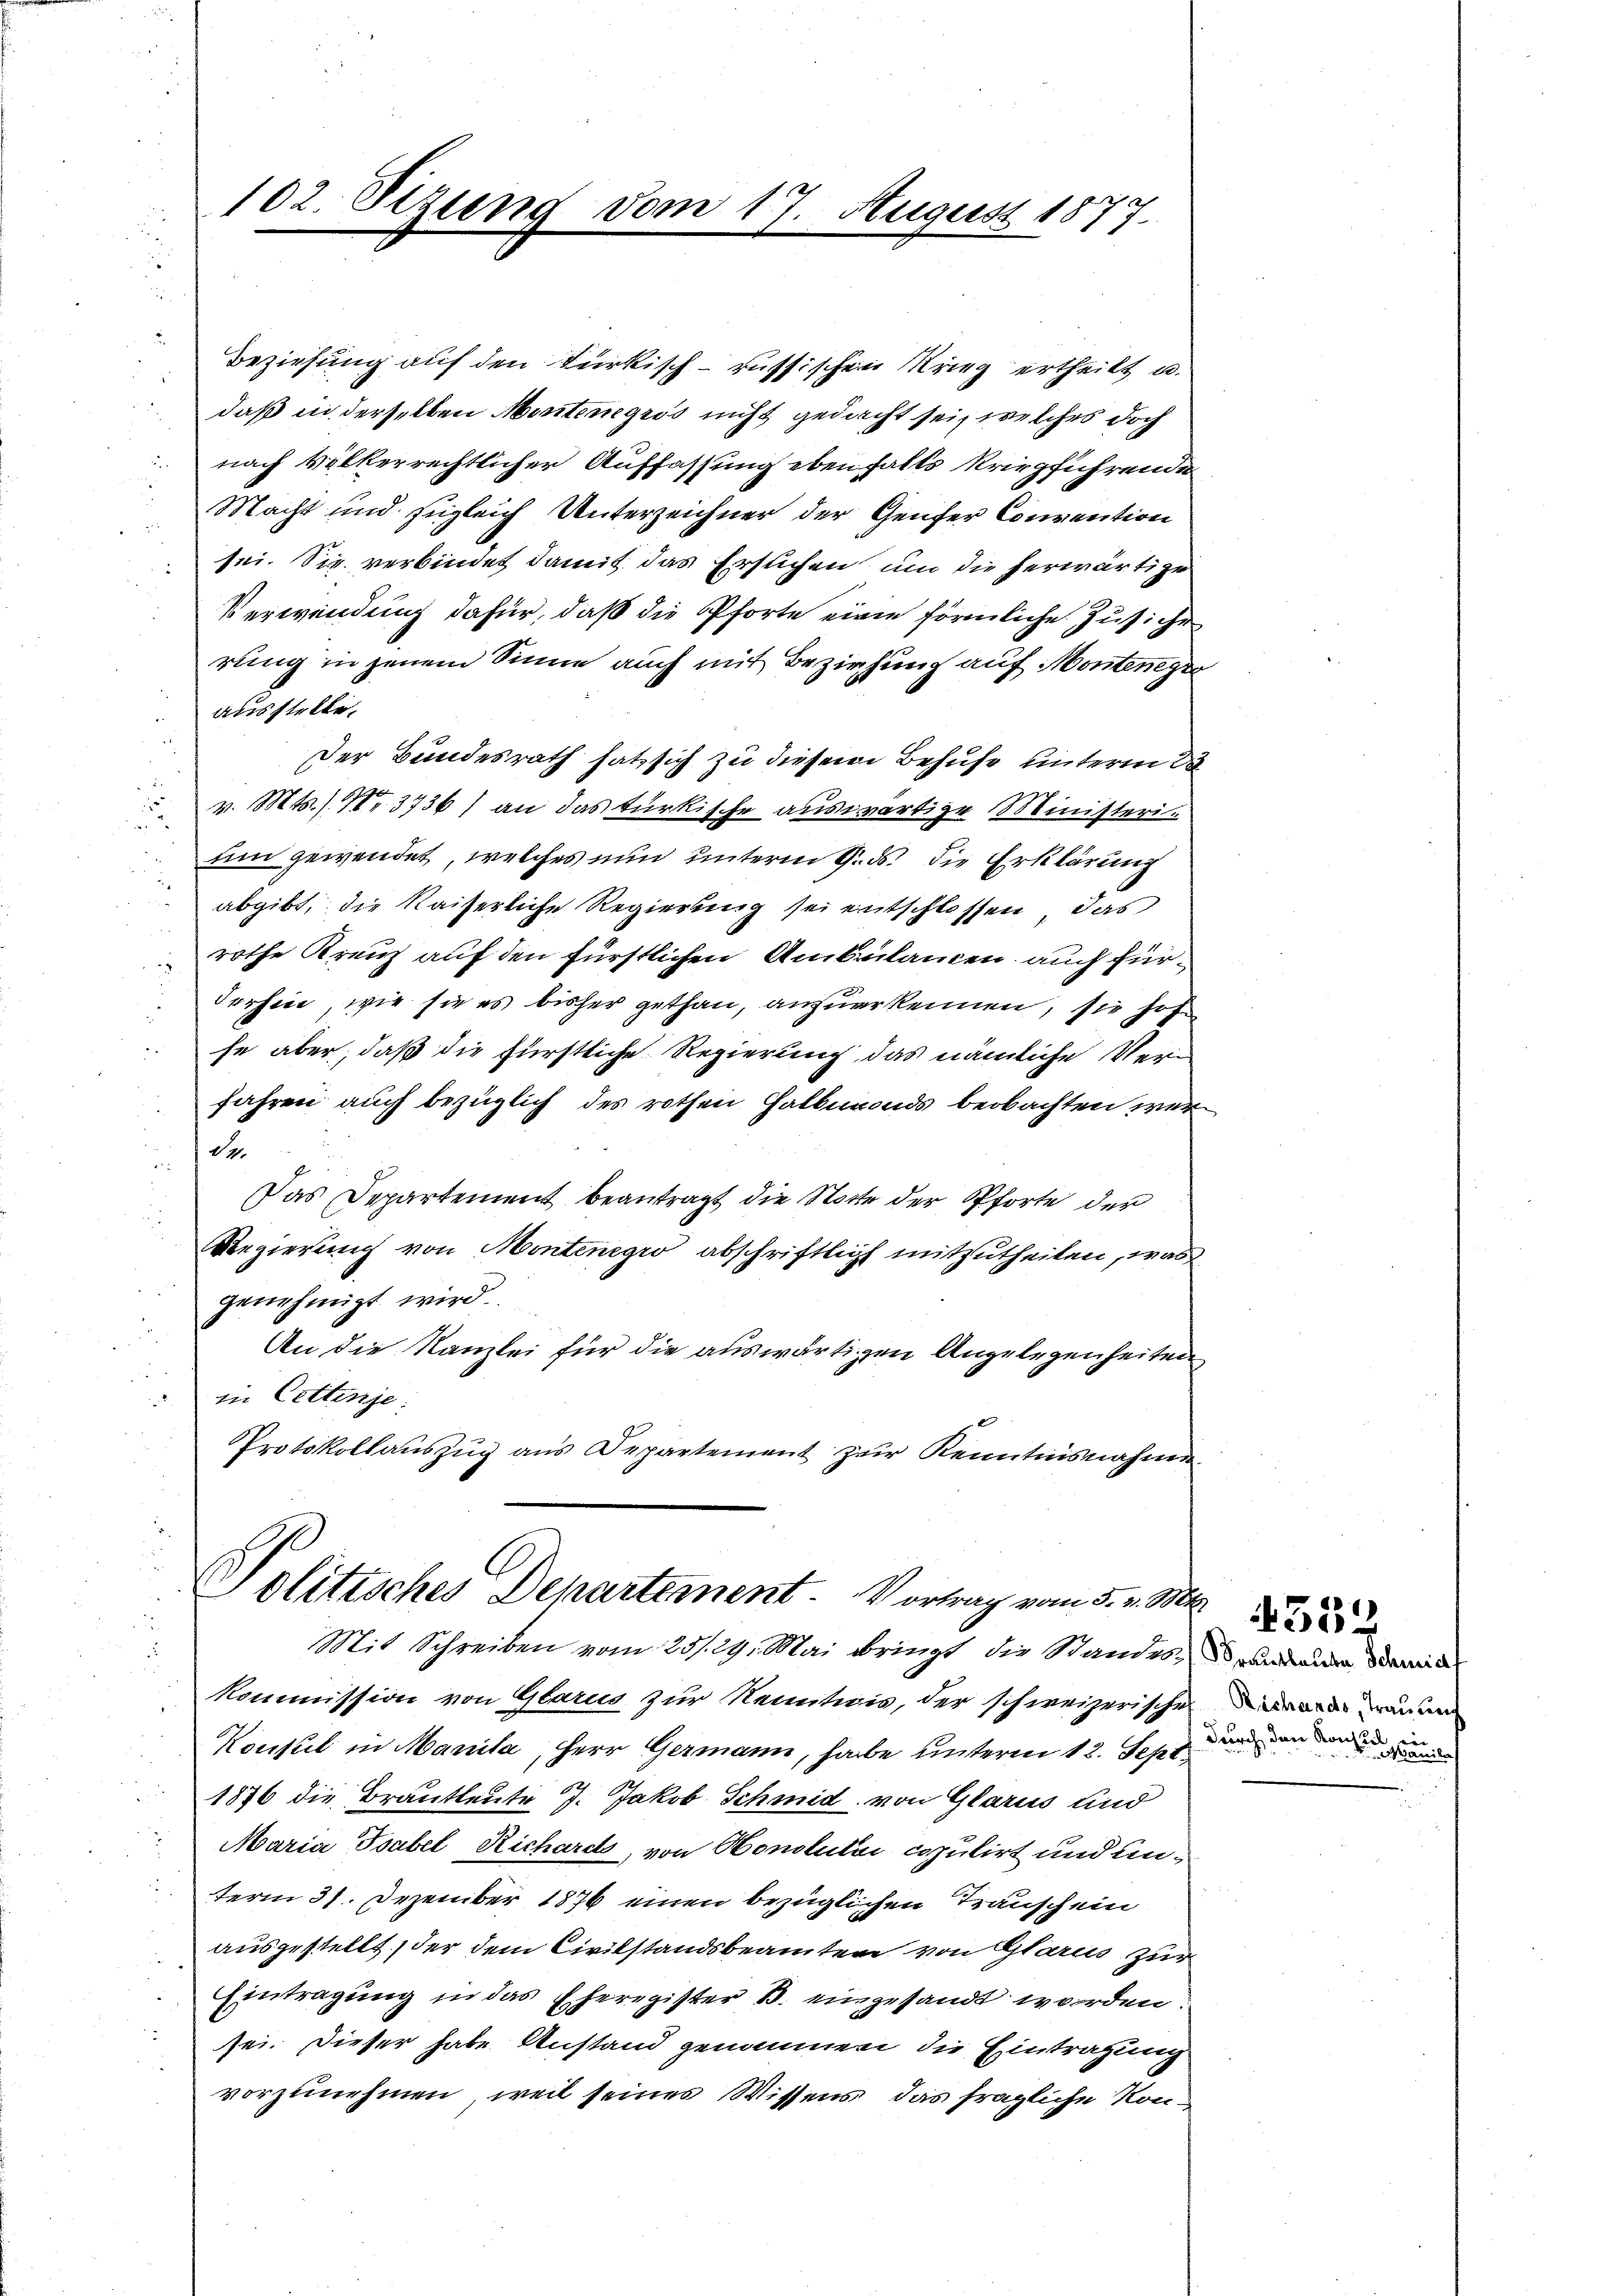
102. Sizung vom 17. August 1877.

Beziehung auf den türkisch-russischen Krieg ertheilt u.
daß in derselben Montenegros nicht gedacht sei, welches doch
nach völkerrechtlicher Auffassung ebenfalls kriegführende
Macht und zugleich Unterzeichner der Genfer Convention
sei. Sie verbindet damit das Ersuchen, um die herwärtige
Verwendung dafür, daß die Pforte eine förmliche Zusiche
rung in jenem Sinne auch mit Bezirkung auf Monteneger
ausstelle.
u
Der Bundesrath hat sich zu diesem Behufe unterm 28
i
v. Mts. 3736) an das türkische auswärtige Ministerid
um gewendet, welches nun unterm 9. ds. die Erklärung
abgibt, die Kaiserliche Regierung sei entschlossen, das
rothe Kreuz auf den fürstlichen Ambülancen auch für¬
.
derhin, wie sie es bisher gethan, anzuerkennen, sie hof
fe aber, daß die fürstliche Regierung das nämliche Verfahren auch bezüglich des rothen Halbmonds beobachten wer
sa
Das Departement beantragt die Statte der Pforte der
Regierung von Montenegio abschriftlich mitzutheilen, was
genehmigt wird.
An die Kanzlei für die auswärtigen Angelegenheiten
in Cettenje:
Protokollaŭszŭg ans Departement zur Kenntnisnahmen

Politisches Departement. Vortrag vom 5. v. M.
Mit Schreiben vom 25. 29. Mai bringt die Standes- und damit

Kommission von Glarus zur Kenntnis, der schweizerische
Konsul in Manila, Herr Germann, habe unterm 12. Sehr anden man
1876 die Brautleute 7. Jakob Schmid von Glarus und
Maria Tsabel, Richarck, von Honotulii copulirt und unterm 31. Dezember 1876 einen bezüglichen Trauschein
ausgestellt, der dem Civilstandsbeamten von Glarus zur
Eintragung in das Eheregister B. eingesandt worden.
sei. Dieser habe Anstand genommen die Eintragung
vorzunehmen, weil seines Wissens, das fragliche Kon¬

t
Richards, Trauung

4352